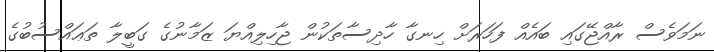
ނަމަވެސް ރާއްޖޭގައި ބައެއް ފަހަރަށް ހިނގާ ހާދިސާތަކުން ޖާހިލިއްޔަ ޒަމާނުގެ ގަބީލާ ތަޢައްސުބުގެ